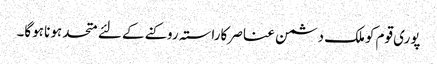
پوری قوم کوملک دشمن عناصر کاراستہ روکنے کے لئے متحد ہونا ہوگا۔